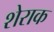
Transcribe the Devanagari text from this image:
शेराक